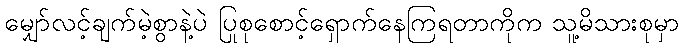
မျှော်လင့်ချက်မဲ့စွာနဲ့ပဲ ပြုစုစောင့်ရှောက်နေကြရတာကိုက သူ့မိသားစုမှာ